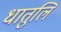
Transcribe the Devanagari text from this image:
धातुलि